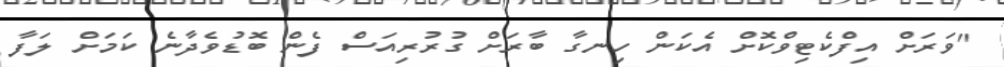
"ވަރަށް އިފްކެޓިވްކޮށް އެކަން ހިނގާ ބާރަށް ގުރުރިއަސް ފެން ބޮޑުވެދާނެ ކަމަށް ލަފާ